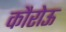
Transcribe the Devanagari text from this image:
कौरोऊ